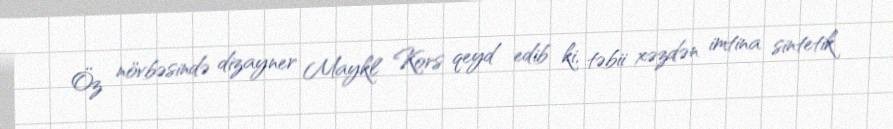
Öz növbəsində dizayner Maykl Kors qeyd edib ki, təbii xəzdən imtina sintetik